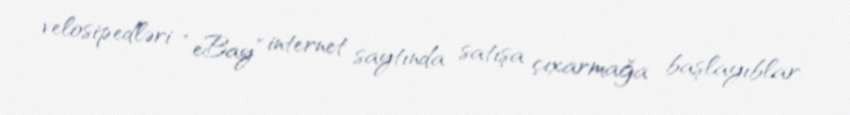
velosipedləri “eBay” internet saytında satışa çıxarmağa başlayıblar.